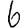
Digit: 6